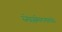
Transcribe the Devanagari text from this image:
स्नेहसंमेलनांमध्ये